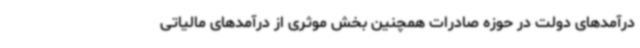
درآمدهای دولت در حوزه صادرات همچنین بخش موثری از درآمدهای مالیاتی